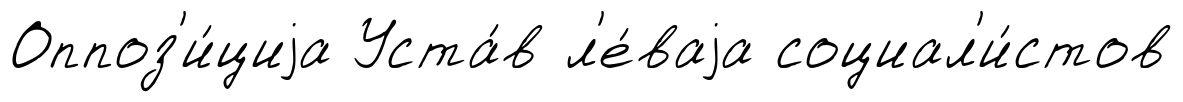
Оппоз'и́циjа Уста́в л'е́ваjа социал'и́стов